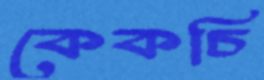
কেকচি